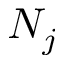
N _ { j }